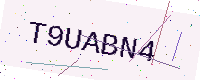
Text: T9UABN4